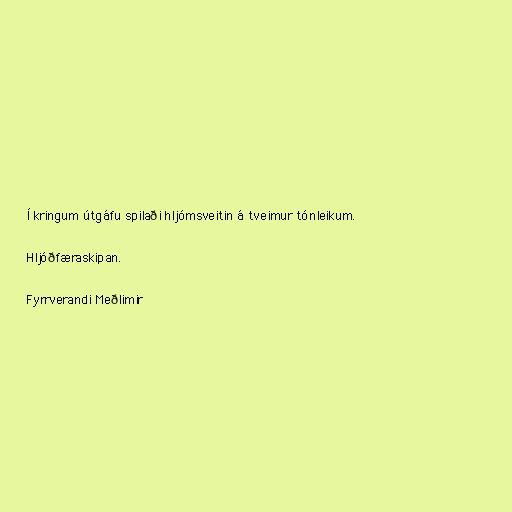
Í kringum útgáfu spilaði hljómsveitin á tveimur tónleikum.

Hljóðfæraskipan.

Fyrrverandi Meðlimir